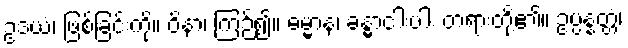
ဥဒယံ၊ ဖြစ်ခြင်းကို။ ဝိနာ၊ ကြဉ်၍။ ဓမ္မာနံ၊ ခန္ဓာငါးပါး တရားတို့၏။ ဥပ္ပန္နတ္တံ၊